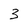
Character: 3